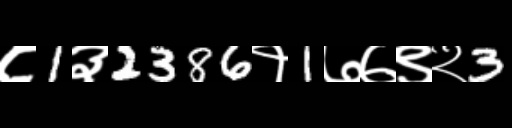
Text: ८1३2386१1७७९२3